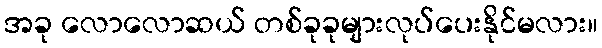
အခု လောလောဆယ် တစ်ခုခုများလုပ်ပေးနိုင်မလား။